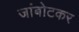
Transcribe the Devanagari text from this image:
जांबोटकर